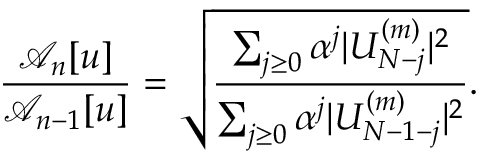
\frac { \mathcal { A } _ { n } [ u ] } { \mathcal { A } _ { n - 1 } [ u ] } = \sqrt { \frac { \sum _ { j \ge 0 } { \alpha ^ { j } | U _ { N - j } ^ { ( m ) } | ^ { 2 } } } { \sum _ { j \ge 0 } { \alpha ^ { j } | U _ { N - 1 - j } ^ { ( m ) } | ^ { 2 } } } } .